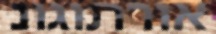
אורתוגונ